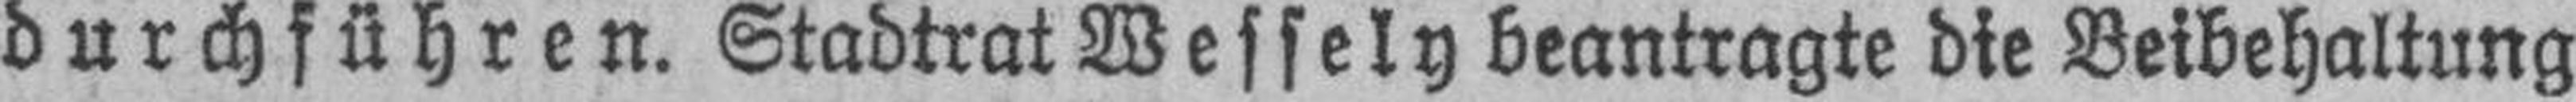
durchführen. Stadtrat Wessely beantragte die Beibehaltung